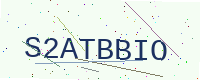
Text: S2ATBBIO